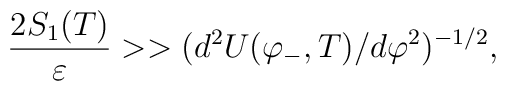
{{2 S_1(T)} \over \varepsilon} >> (d^2{U(\varphi_-,T)}/d\varphi^2)^{-1/2},